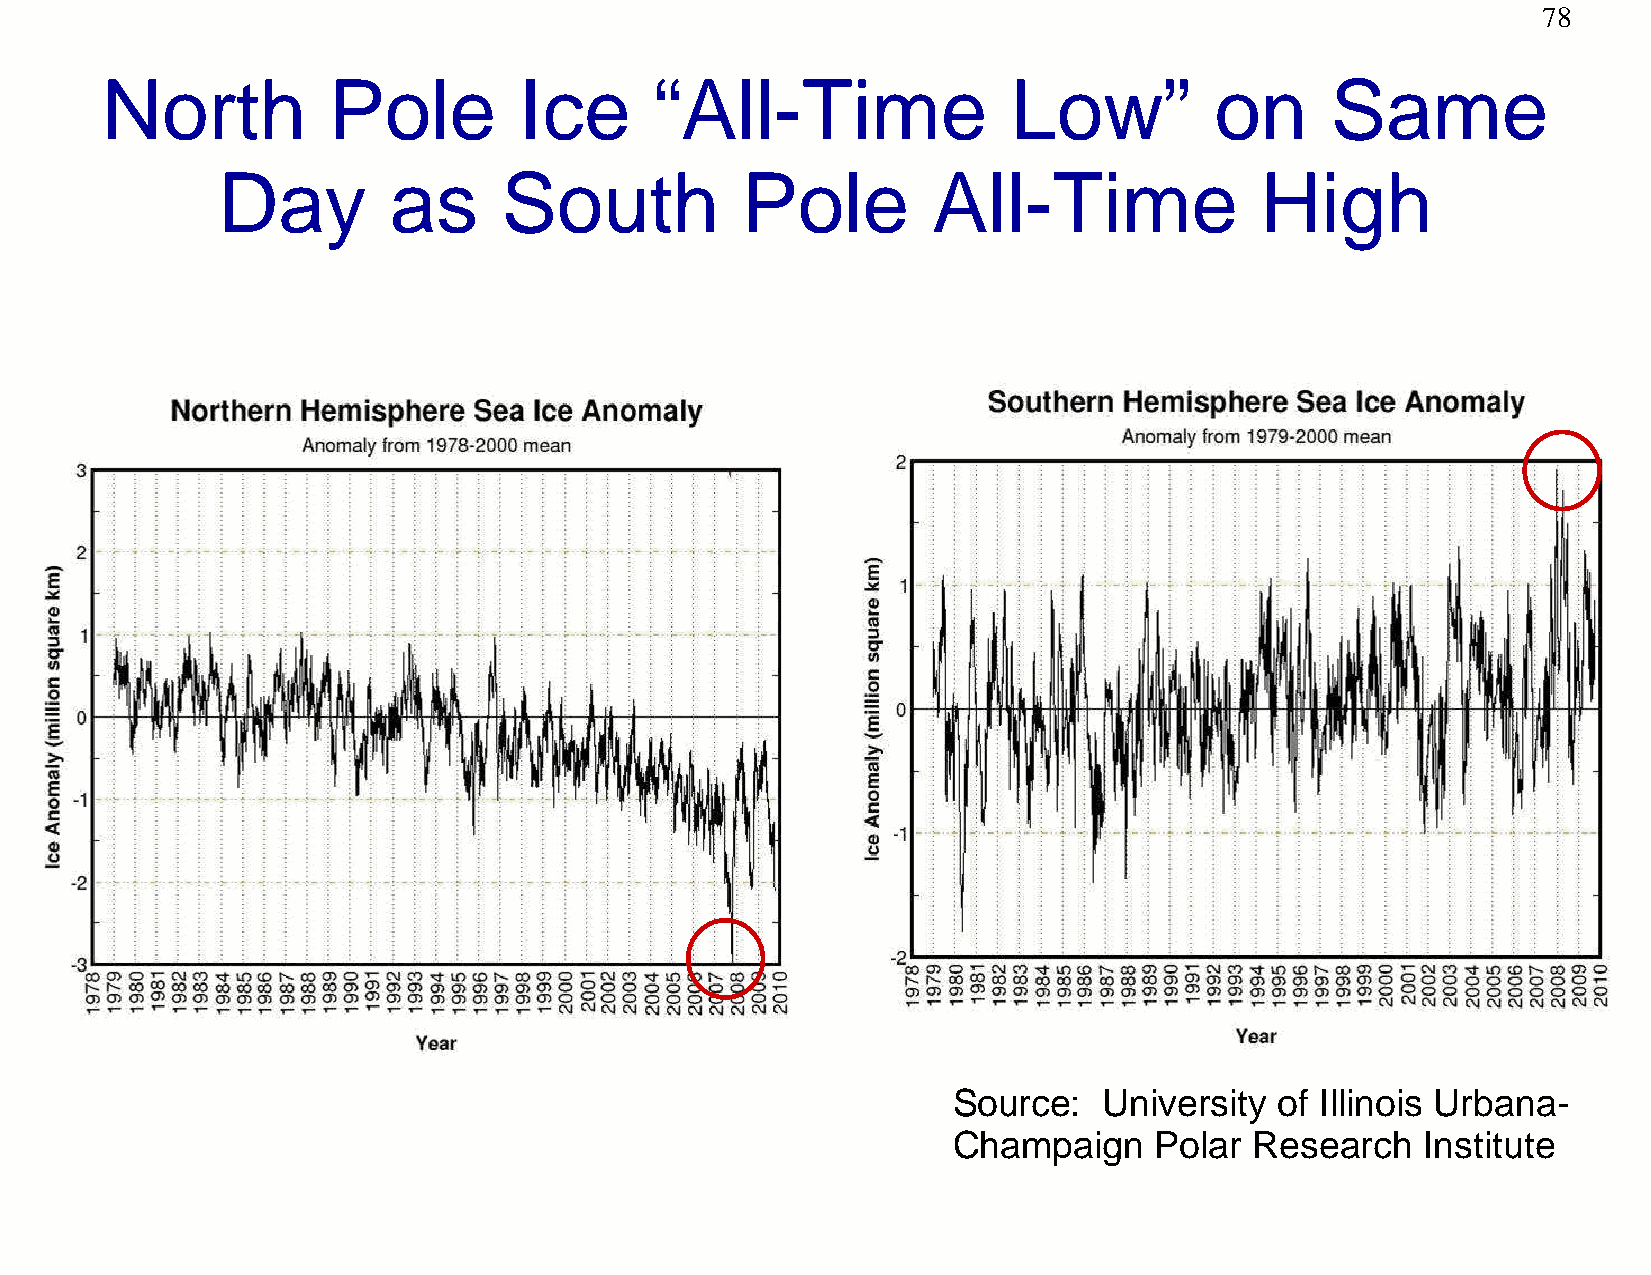
78
 North          Pole        Ice      “All-Time               Low”         on      Same
 Day         as     South           Pole         All-Time             High
 Source:   University  of Illinois Urbana-
 Champaign    Polar  Research   Institute